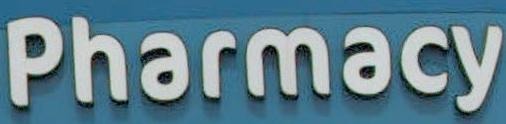
Pharmacy